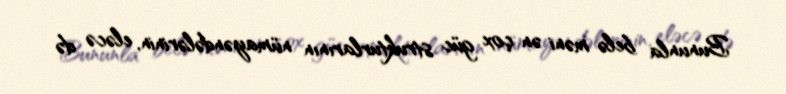
Bununla belə məni ən çox güc strukturlarının nümayəndələrinin, eləcə də